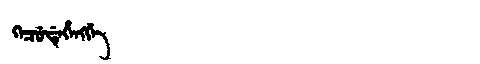
Manchu: ᡴᡝᠴᡠᡩᡝᡥᡝᠩᡤᡝ
Romanization: KECUDEHENGGE